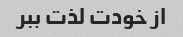
از خودت لذت ببر